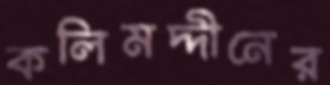
কলিমদ্দীনের